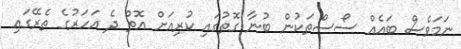
ނަމަވެސް ބައެއް ސޯސްތަކުން ބުނާ ގޮތުގައި ކުރިއަށް އޮތް ދެ އަހަރުގެ ތެރޭގައި